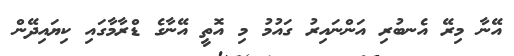
އޭނާ މިރޭ އެނބުރި އަންނައިރު ގައުމު މި އޮތީ އޭނާގެ ޑްރާމާގައި ކިޔައިދޭން